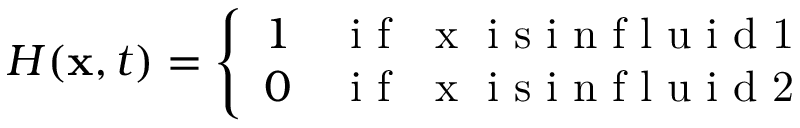
\begin{array} { r } { H ( \mathbf { x } , t ) = \left\{ \begin{array} { l l } { 1 \quad \mathrm { ~ i ~ f ~ \mathbf ~ { ~ x ~ } ~ i ~ s ~ i ~ n ~ f ~ l ~ u ~ i ~ d ~ 1 ~ } } \\ { 0 \quad \mathrm { ~ i ~ f ~ \mathbf ~ { ~ x ~ } ~ i ~ s ~ i ~ n ~ f ~ l ~ u ~ i ~ d ~ 2 ~ } } \end{array} \right. } \end{array}